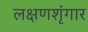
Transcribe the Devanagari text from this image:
लक्षणशृंगार